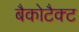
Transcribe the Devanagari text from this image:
बैकोटैक्ट